Lunatic asylums in Bengal annual reports 1912-1924 - 1912-1924
Year: 1912
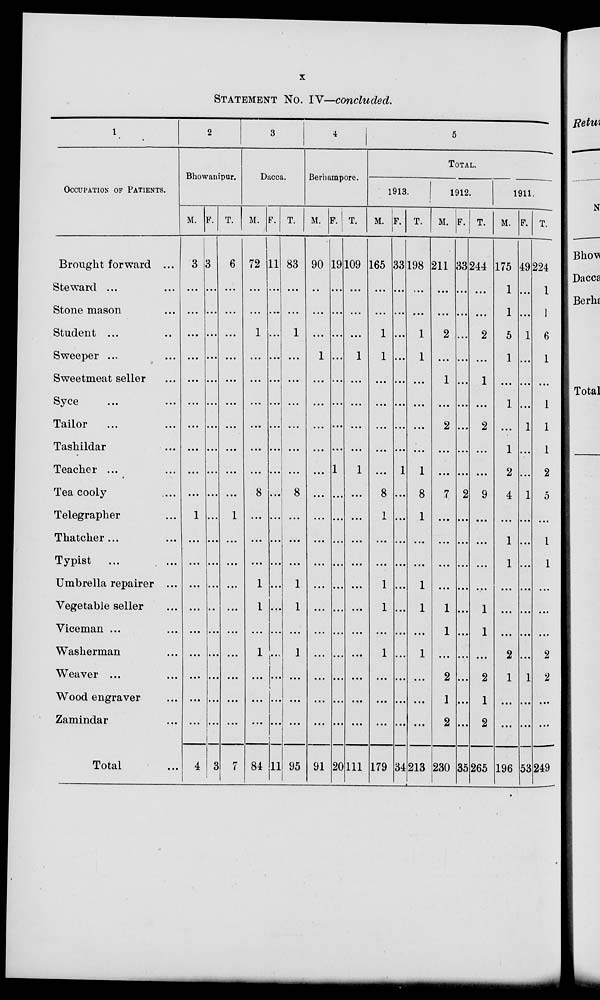
x
STATEMENT No. IV—concluded.
1
OCCUPATION OF PATIENTS.
Brought forward ...
Steward ...
Stone mason ...
Student ... ...
Sweeper ... ...
Sweetmeat seller ...
Syce ... ...
Tailor ... ...
Tashildar ... ...
Teacher ... ...
Tea cooly ... ...
Telegrapher ...
Thatcher ... ...
Typist ... ...
Umbrella repairer ...
Vegetable seller ...
Viceman ...
Washerman ...
Weaver ... ...
Wood engraver ...
Zamindar ...
Total ...
2
Bhowanipur.
M.
3
...
...
...
...
...
...
...
...
...
...
1
...
...
...
...
...
...
...
...
...
4
F.
3
...
...
...
...
...
...
...
...
...
...
...
...
...
...
...
...
...
...
...
...
3
T.
6
...
...
...
...
...
...
...
...
...
...
1
...
...
...
...
...
...
...
...
...
7
3
Dacca.
M.
72
...
...
1
...
...
...
...
...
...
8
...
...
...
1
1
...
1
...
...
...
84
F.
11
...
...
...
...
...
...
...
...
...
...
...
...
...
...
...
...
...
...
...
...
11
T.
83
...
...
1
...
...
...
...
...
...
8
...
...
...
1
1
...
1
...
...
...
95
4
Berhampore.
M.
90
...
...
...
1
...
...
...
...
...
...
...
...
...
...
...
...
...
...
...
...
91
F.
19
...
...
...
...
...
...
...
...
1
...
...
...
...
...
...
...
...
...
...
...
20
T.
109
...
...
...
1
...
...
...
...
1
...
...
...
...
...
...
...
...
...
...
...
111
5
TOTAL.
1913.
M.
165
...
...
1
1
...
...
...
...
...
8
1
...
...
1
1
...
1
...
...
...
179
F.
33
...
...
...
...
...
...
...
...
l
...
...
...
...
...
...
...
...
...
...
...
34
T.
198
...
...
1
1
...
...
...
...
1
8
1
...
...
1
1
...
1
...
...
...
213
1912.
M.
211
...
...
2
...
1
...
2
...
...
7
...
...
...
...
1
1
...
2
1
2
230
F.
33
...
...
...
...
...
...
...
...
...
2
...
...
...
...
...
...
...
...
...
...
35
T.
244
...
...
2
...
1
...
2
...
...
9
...
...
...
...
1
1
...
2
1
2
265
1911.
M.
175
1
1
5
1
...
1
...
1
2
4
...
1
1
...
...
...
2
1
...
...
196
F.
49
...
...
1
...
...
...
1
...
...
1
...
...
...
...
...
...
...
1
...
...
53
T.
224
1
1
6
1
...
1
1
1
2
5
...
1
1
...
...
...
2
2
...
...
249